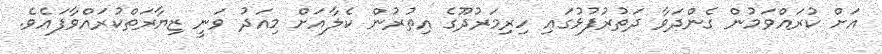
އަށް ކުރައްވަމުން ގެންދަވާ ދަތުރުފުޅުގައި ހިރިމަރުދޫގެ އިތުރުން ކެލާއަށް މިއަދު ވަނީ ޒިޔާރަތްކުރައްވާފައެވެ.